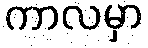
ကာလမှာ